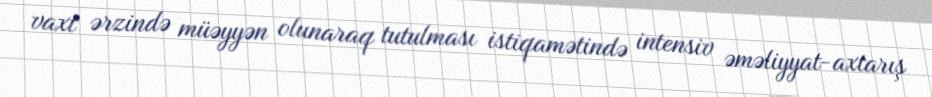
vaxt ərzində müəyyən olunaraq tutulması istiqamətində intensiv əməliyyat-axtarış